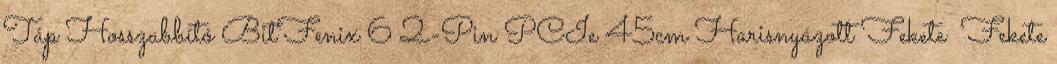
Táp Hosszabbító BitFenix 6 2-Pin PCIe 45cm Harisnyázott Fekete Fekete